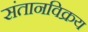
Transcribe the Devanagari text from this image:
संतानविक्रय